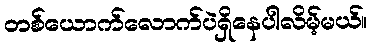
တစ်ယောက်လောက်ပဲရှိနေပါလိမ့်မယ်။